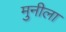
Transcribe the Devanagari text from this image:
मुनीला